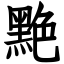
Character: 䵥